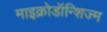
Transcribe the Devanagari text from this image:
माइक्रोडॉन्शिज्म